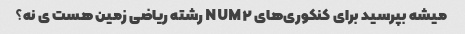
میشه بپرسید برای کنکوری‌های NUM۲ رشته ریاضی زمین هست ی نه؟